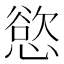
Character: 慾